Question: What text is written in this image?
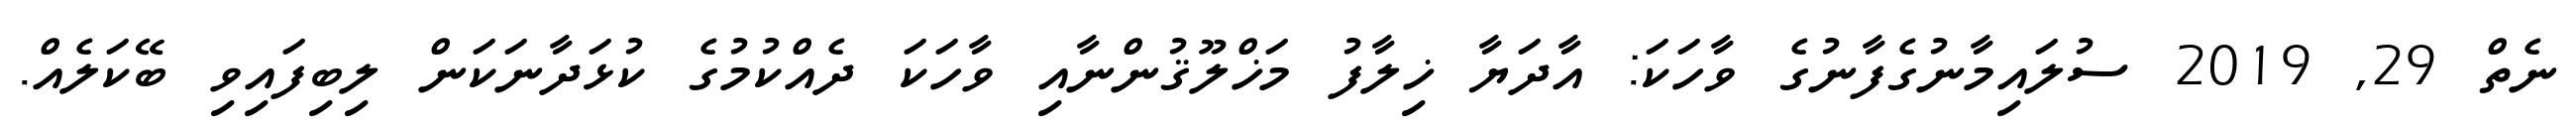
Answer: ނެތް 29, 2019 ސުލައިމާނުގެފާނުގެ ވާހަކަ: އާދަޔާ ޚިލާފު މަޚްލޫޤުންނާއި ވާހަކަ ދެއްކުމުގެ ކުޅަދާނަކަން ލިބިފައިވި ބޭކަލެއް.